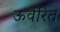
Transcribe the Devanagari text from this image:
ऊर्वरित